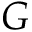
G